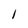
Character: I